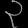
Digit: ၃